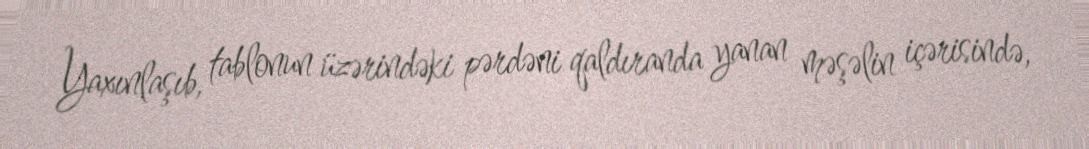
Yaxınlaşıb, tablonun üzərindəki pərdəni qaldıranda yanan məşəlin içərisində,